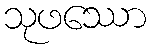
သုဖဿော